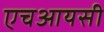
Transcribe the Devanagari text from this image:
एचआयसी